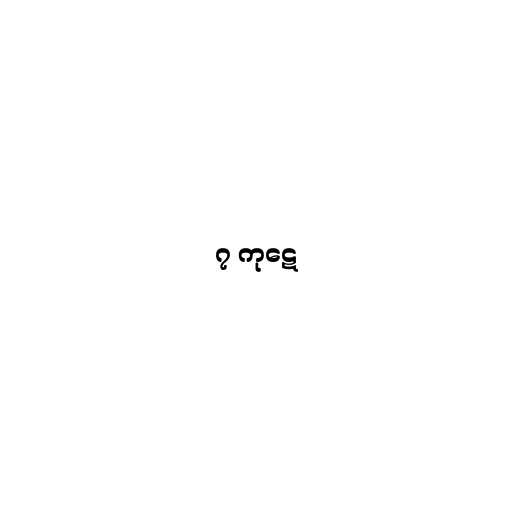
၇ ကုဋေ